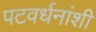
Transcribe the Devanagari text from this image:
पटवर्धनांशी